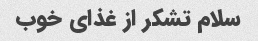
سلام تشکر از غذای خوب